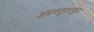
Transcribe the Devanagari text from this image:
अप्रस्तुतांकुर